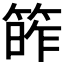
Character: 𥯭